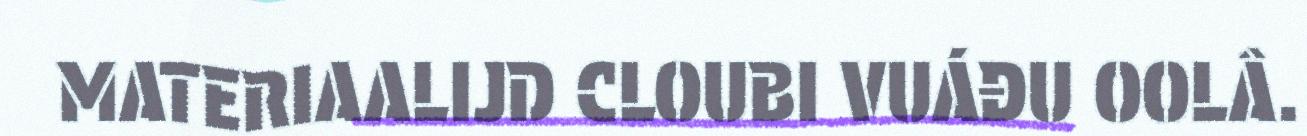
MATERIAALIJD CLOUBI VUÁĐU OOLÂ.